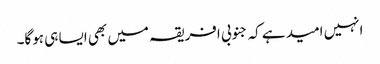
انہیں امید ہے کہ جنوبی افریقہ میں بھی ایسا ہی ہوگا۔